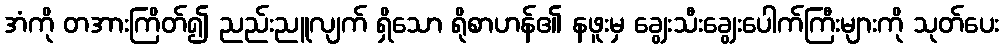
အံကို တအားကြိတ်၍ ညည်းညူလျက် ရှိသော ရိုစာဟန်၏ နဖူးမှ ချွေးသီးချွေးပေါက်ကြီးများကို သုတ်ပေး